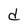
Character: d